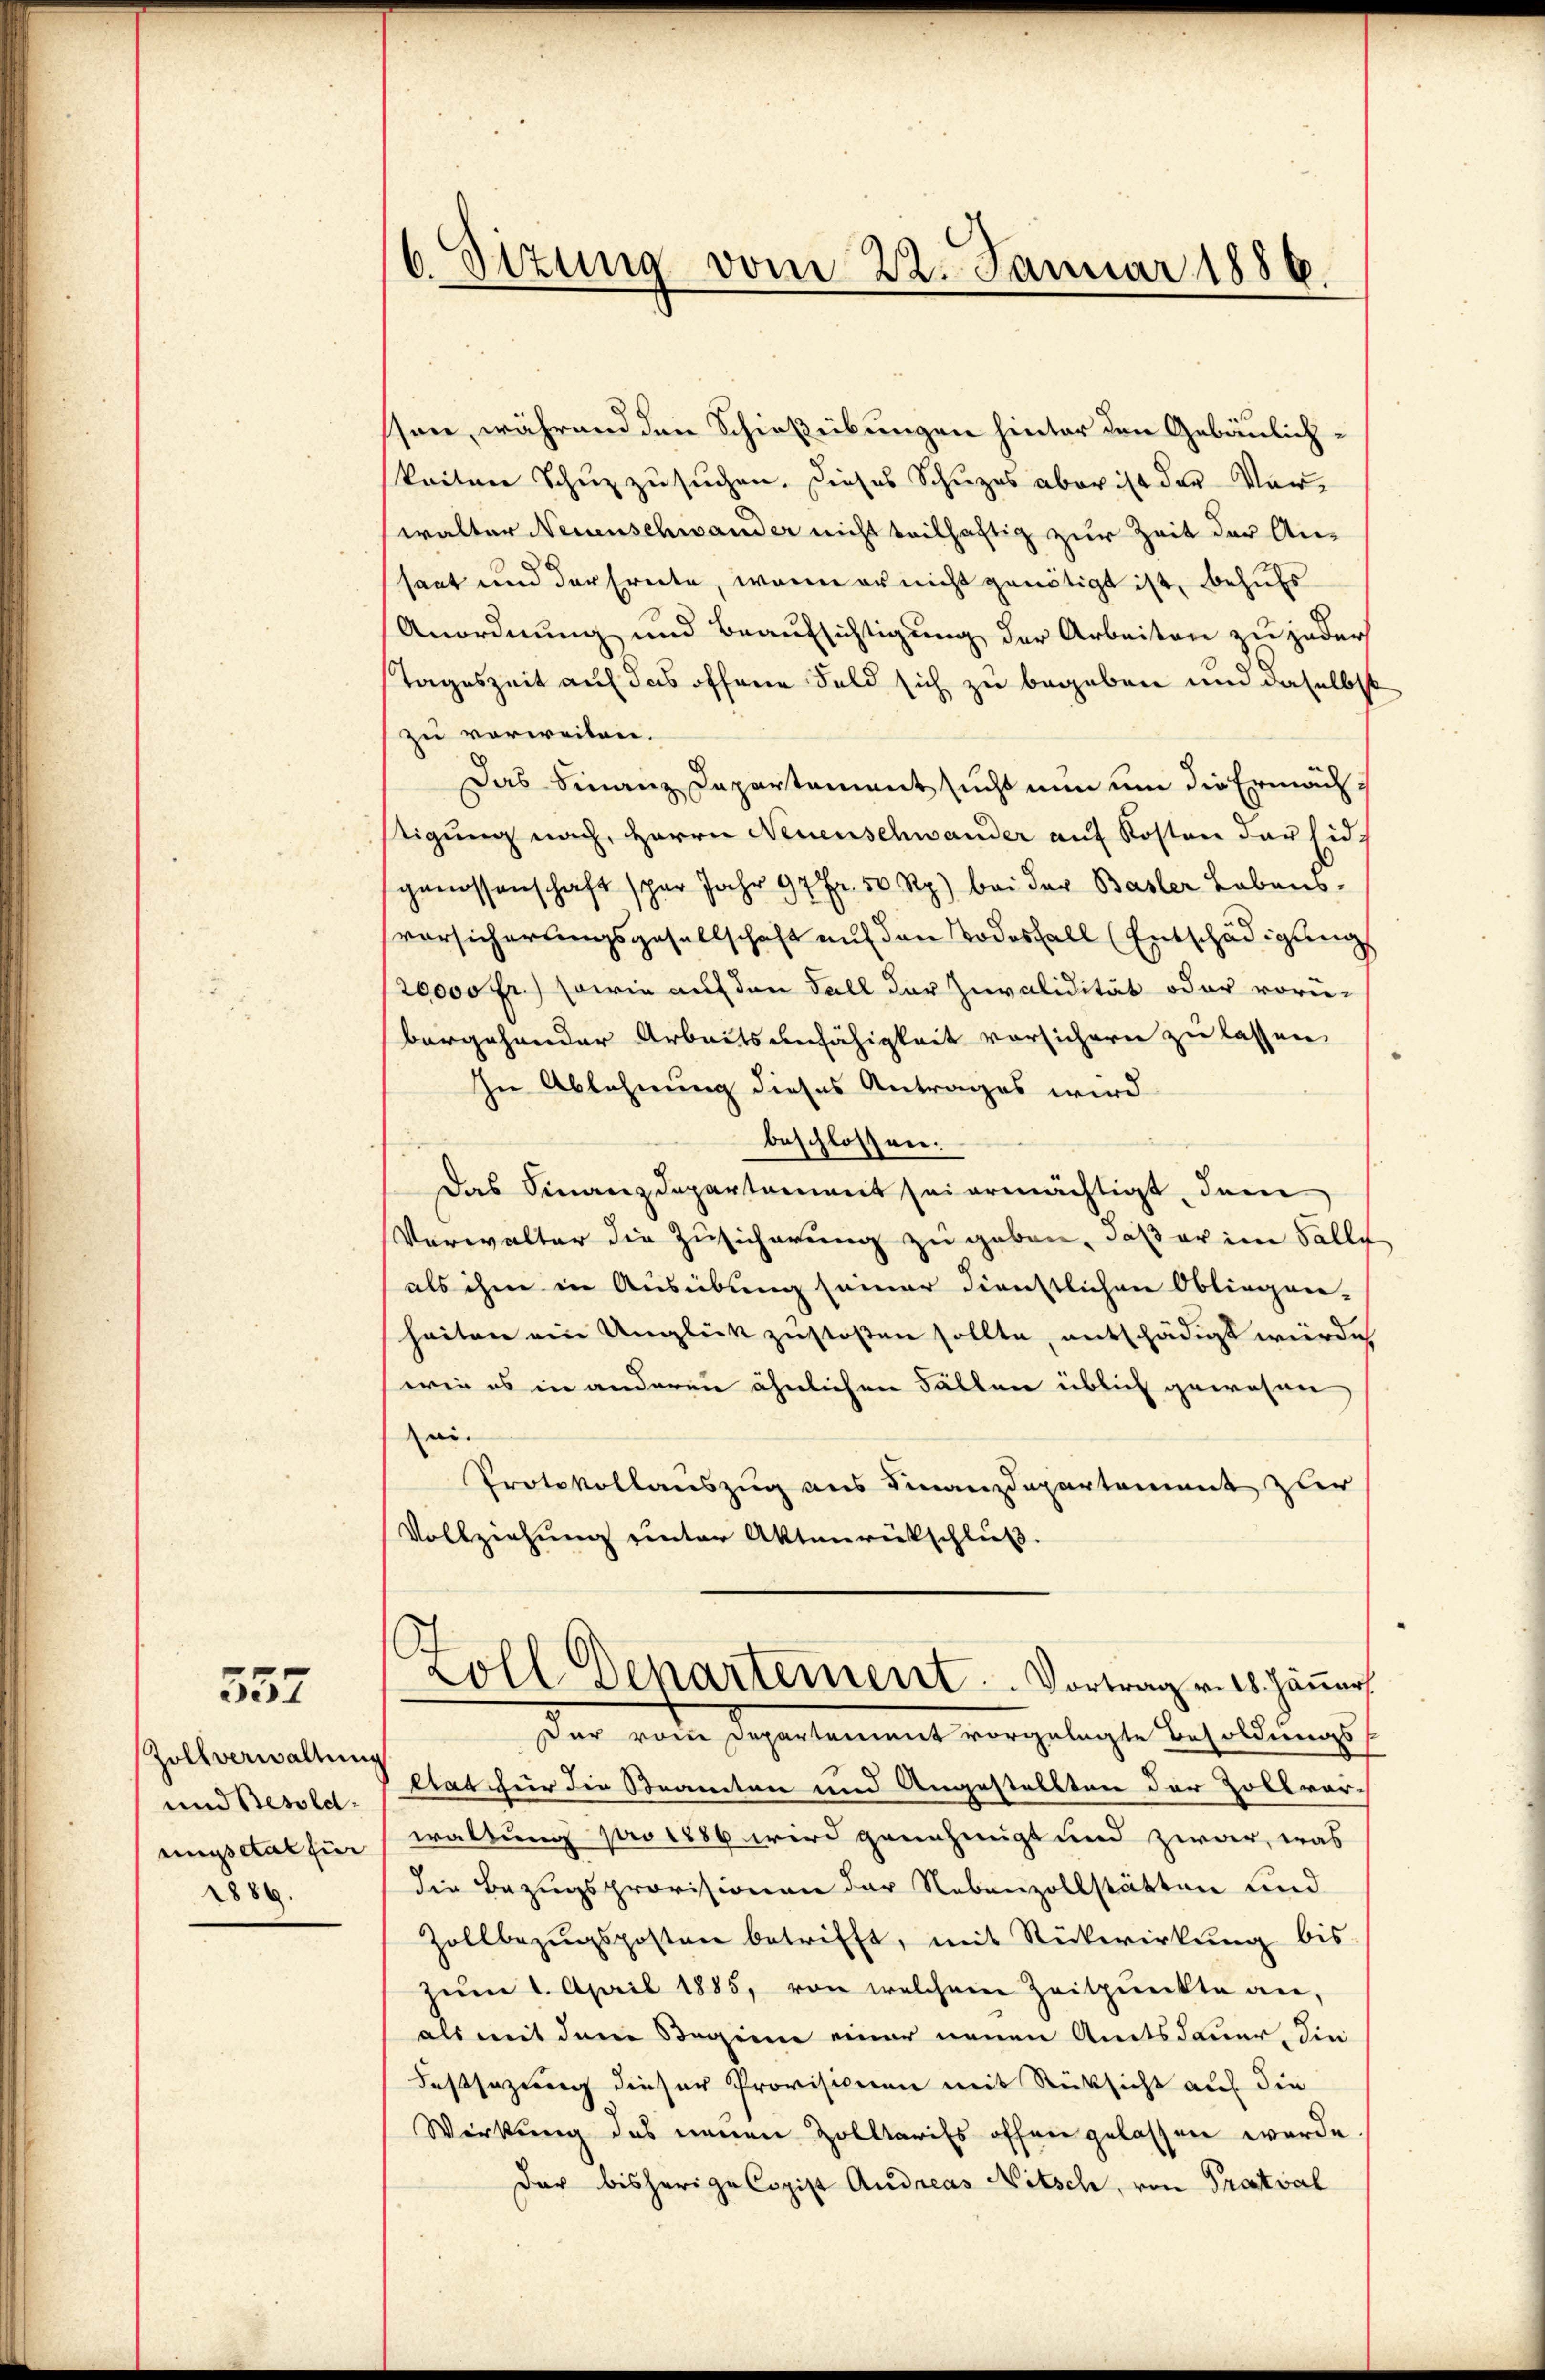
557

Zollverwaltung
und Besoldungsetat für
1886.

6 Sizung vom 22. Januar 1886.

sen, während den Schießübungen hinter den Gebäulichkeiten Schuzzusuchen. Dieses Schuzes aber ist der Vorwalter Neuenschwander nicht teilhaftig zur Zeit der Ansaat und der Ernete, wenn er nicht genötigt ist, behufs
Anordnung und Beaufsichtigung der Arbeiten zu jeder
Tageszeit auf das offene Feld sich zu begeben und daselbst
zu vorweiten.
Das Finanz Capartament sucht nun um die Ermächtigung nach, Herrn Neuenschwander auf Kosten der Eidgenossenschaft spar Jahr 97 Fr. 50 Rp.) bei der Basler Lebensvorsicherungsgesellschaft auf den Todesfall (Entschädigung
20000 fr.) sowie auf den Fall der Zuvalidität oder vorü-
bergehender Arbeitsunfähigkeit vorsichern zu lassen
In Ablehnung dieses Antrages wird
beschlossen.
Das Finanzdepartement sei ermächtigt, dem
Verwalter die Zusicherung zu geben, daß er im Falle
als ihne in Ausübung seiner dienstlichen Obliegen-
heiten ein Unglück zustoßen sollte, entschädigt wurde
wie es in anderen ähnlichen Fällen üblich gewesen
ei
Protokollauszug aus Finanzdepartement zu
Vollziehung unter Aktenrückschluß.
Zoll Departement. Vortrag v. 18. Jäner
Der vom Departement vorgelegte Besoldungs
ctat für die Beamten und Angestellten der Zollvar-
waltung pro 1886 wird genehmigt und zwar, was
die Bezugsprovisionen der Nebenzollstätten und
Zollbezŭgsposten betrifft, mit Rückwirkŭng bis
zum 1. April 1885, von welchem Zeitpunkte an
als mit dem Beginne einer neuen Amtsdauer, Sin
Faßsazung dieser Provisionen mit Rücksicht auf die
Wirkung des neuen Zolltarifs offen gelassen werde
der bisherige Copist Andreas Nitsch, von Pratval